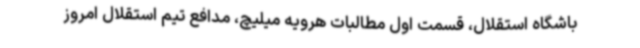
باشگاه استقلال، قسمت اول مطالبات هرویه میلیچ، مدافع تیم استقلال امروز